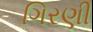
ગિરણી